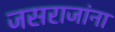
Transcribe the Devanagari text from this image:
जसराजांना